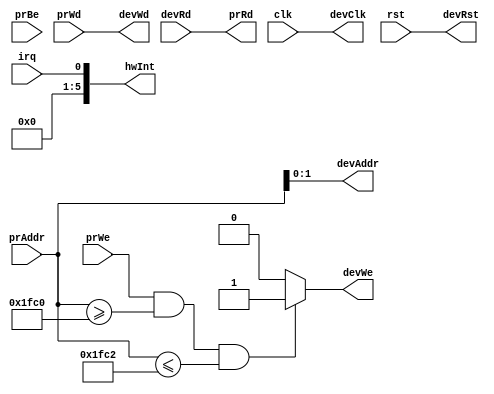
module BRG (
    input[31:2] prAddr,input[31:0] prWd,
    input prWe,input[3:0] prBe,
    input[31:0] devRd,input irq,
    input clk,input rst,
    output[3:2] devAddr,output reg devWe,output[31:0] devWd,
    output[5:0] hwInt,output[31:0] prRd,
    output devClk,output devRst
);
    assign devAddr=prAddr[3:2];
    assign devWd=prWd;
    assign hwInt={4'b0,irq};
    assign prRd=devRd;
    assign devClk=clk;
    assign devRst=rst;

    always @(*) begin
        if(prWe && prAddr>=30'h1fc0 && prAddr<=30'h1fc2) begin
            devWe=1'b1;
        end
        else begin
            devWe=1'b0;
        end
    end
endmodule